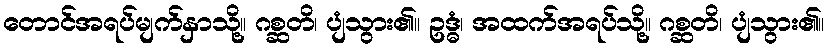
တောင်အရပ်မျက်နှာသို့။ ဂစ္ဆတိ၊ ပျံသွား၏။ ဥဒ္ဓံ၊ အထက်အရပ်သို့။ ဂစ္ဆတိ၊ ပျံသွား၏။